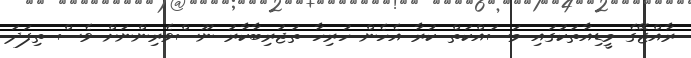
ރާއްޖޭގެ މީޑިއާތަކުގައި މަސައްކަތް ކުރާ އެހެން ހުރިހާ ތަޖުރިބާކާރު ނޫސްވެރިންނަށް ވެސް ތިފަދަ